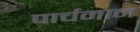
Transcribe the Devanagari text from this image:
पार्चमान